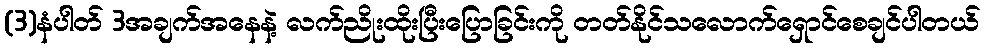
(3)နံပါတ် 3အချက်အနေနဲ့ လက်ညိုးထိုးပြီးပြောခြင်းကို တတ်နိုင်သလောက်ရှောင်စေချင်ပါတယ်